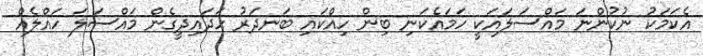
އެކަމަކު ނުކުންނަ މައްސަލައަކީ ހަމައެކަނި ބިން ހިއްކައި ބަނދަރު ހަދައިދީގެން މައްސަލަ ހައްލެއް